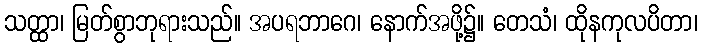
သတ္ထာ၊ မြတ်စွာဘုရားသည်။ အပရဘာဂေ၊ နောက်အဖို့၌။ တေသံ၊ ထိုနကုလပိတာ၊